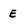
Character: E